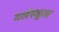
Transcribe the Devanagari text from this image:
गर्लस्कूल